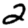
Digit: 2